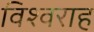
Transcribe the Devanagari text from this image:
विश्वराह